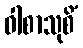
ဝါစာသုစိံ